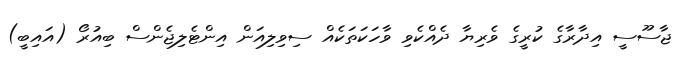
ޖާސޫސީ އިދާރާގެ ކުރީގެ ވެރިޔާ ދެއްކެވި ވާހަކަތަކެއް ސިވިލިއަން އިންޓެލިޖެންސް ބިއުރޯ (އައިބީ)